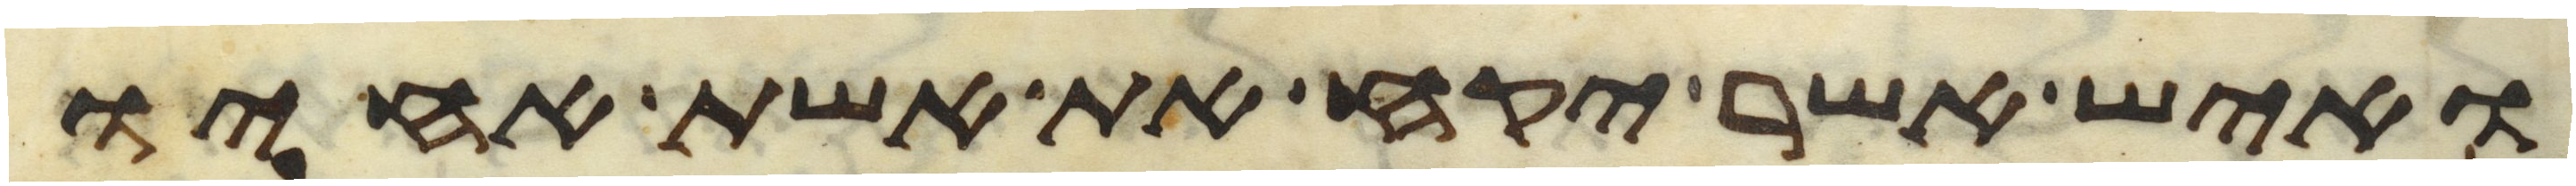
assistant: ואיש אשר יקח את אשת אחיו